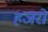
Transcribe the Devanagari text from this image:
हजरो